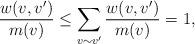
LaTeX: \begin{align*}\frac{w(v,v')}{m(v)} \leq \sum_{v\sim v'} \frac{w(v,v')}{m(v)} = 1,\end{align*}